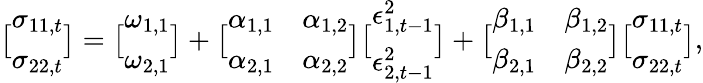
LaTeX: \bigl[\begin{array}{l}{\sigma_{11,t}}\\ {\sigma_{22,t}}\end{array}\bigr]=\bigl[\begin{array}{l}{\omega_{1,1}}\\ {\omega_{2,1}}\end{array}\bigr]+\bigl[\begin{array}{ll}{\alpha_{1,1}}&{\alpha_{1,2}}\\ {\alpha_{2,1}}&{\alpha_{2,2}}\end{array}\bigr]\bigl[\begin{array}{l}{\epsilon_{1,t-1}^{2}}\\ {\epsilon_{2,t-1}^{2}}\end{array}\bigr]+\bigl[\begin{array}{ll}{\beta_{1,1}}&{\beta_{1,2}}\\ {\beta_{2,1}}&{\beta_{2,2}}\end{array}\bigr]\bigl[\begin{array}{l}{\sigma_{11,t}}\\ {\sigma_{22,t}}\end{array}\bigr],